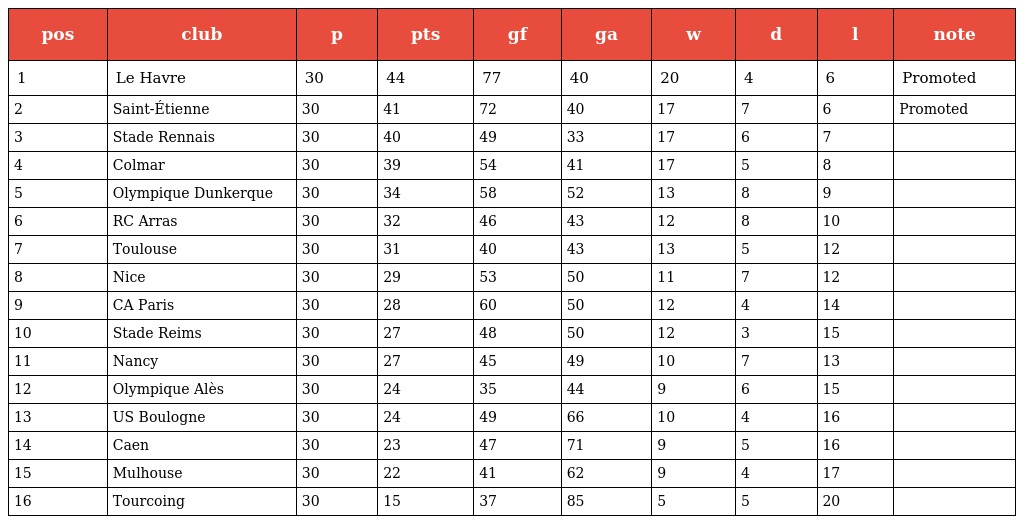
| pos | club | p | pts | gf | ga | w | d | l | note |
 | --- | --- | --- | --- | --- | --- | --- | --- | --- | --- |
 | 1 | Le Havre | 30 | 44 | 77 | 40 | 20 | 4 | 6 | Promoted |
 | 2 | Saint-Étienne | 30 | 41 | 72 | 40 | 17 | 7 | 6 | Promoted |
 | 3 | Stade Rennais | 30 | 40 | 49 | 33 | 17 | 6 | 7 |  |
 | 4 | Colmar | 30 | 39 | 54 | 41 | 17 | 5 | 8 |  |
 | 5 | Olympique Dunkerque | 30 | 34 | 58 | 52 | 13 | 8 | 9 |  |
 | 6 | RC Arras | 30 | 32 | 46 | 43 | 12 | 8 | 10 |  |
 | 7 | Toulouse | 30 | 31 | 40 | 43 | 13 | 5 | 12 |  |
 | 8 | Nice | 30 | 29 | 53 | 50 | 11 | 7 | 12 |  |
 | 9 | CA Paris | 30 | 28 | 60 | 50 | 12 | 4 | 14 |  |
 | 10 | Stade Reims | 30 | 27 | 48 | 50 | 12 | 3 | 15 |  |
 | 11 | Nancy | 30 | 27 | 45 | 49 | 10 | 7 | 13 |  |
 | 12 | Olympique Alès | 30 | 24 | 35 | 44 | 9 | 6 | 15 |  |
 | 13 | US Boulogne | 30 | 24 | 49 | 66 | 10 | 4 | 16 |  |
 | 14 | Caen | 30 | 23 | 47 | 71 | 9 | 5 | 16 |  |
 | 15 | Mulhouse | 30 | 22 | 41 | 62 | 9 | 4 | 17 |  |
 | 16 | Tourcoing | 30 | 15 | 37 | 85 | 5 | 5 | 20 |  |